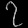
Digit: ၇